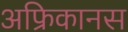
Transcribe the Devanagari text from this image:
अफ्रिकानस